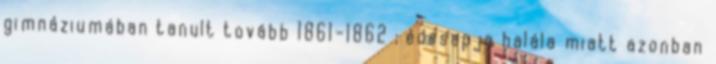
gimnáziumában tanult tovább 1861–1862 ; édesapja halála miatt azonban